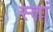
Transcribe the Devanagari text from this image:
स्तां